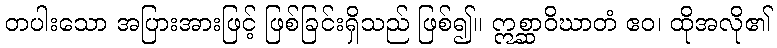
တပါးသော အပြားအားဖြင့် ဖြစ်ခြင်းရှိသည် ဖြစ်၍။ ဣစ္ဆာဝိဃာတံ ဧဝ၊ ထိုအလို၏